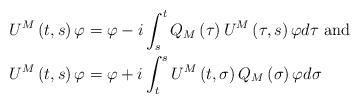
LaTeX: \begin{align*}U^{M}\left( t,s\right) \varphi & =\varphi-i\int_{s}^{t}Q_{M}\left(\tau\right) U^{M}\left( \tau,s\right) \varphi d\tau\text{ and}\\U^{M}\left( t,s\right) \varphi & =\varphi+i\int_{t}^{s}U^{M}\left(t,\sigma\right) Q_{M}\left( \sigma\right) \varphi d\sigma\end{align*}